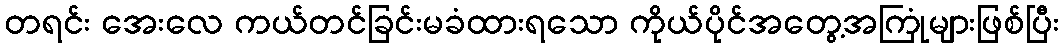
တရင်း အေးလေ ကယ်တင်ခြင်းမခံထားရသော ကိုယ်ပိုင်အတွေ့အကြုံများဖြစ်ပြီး